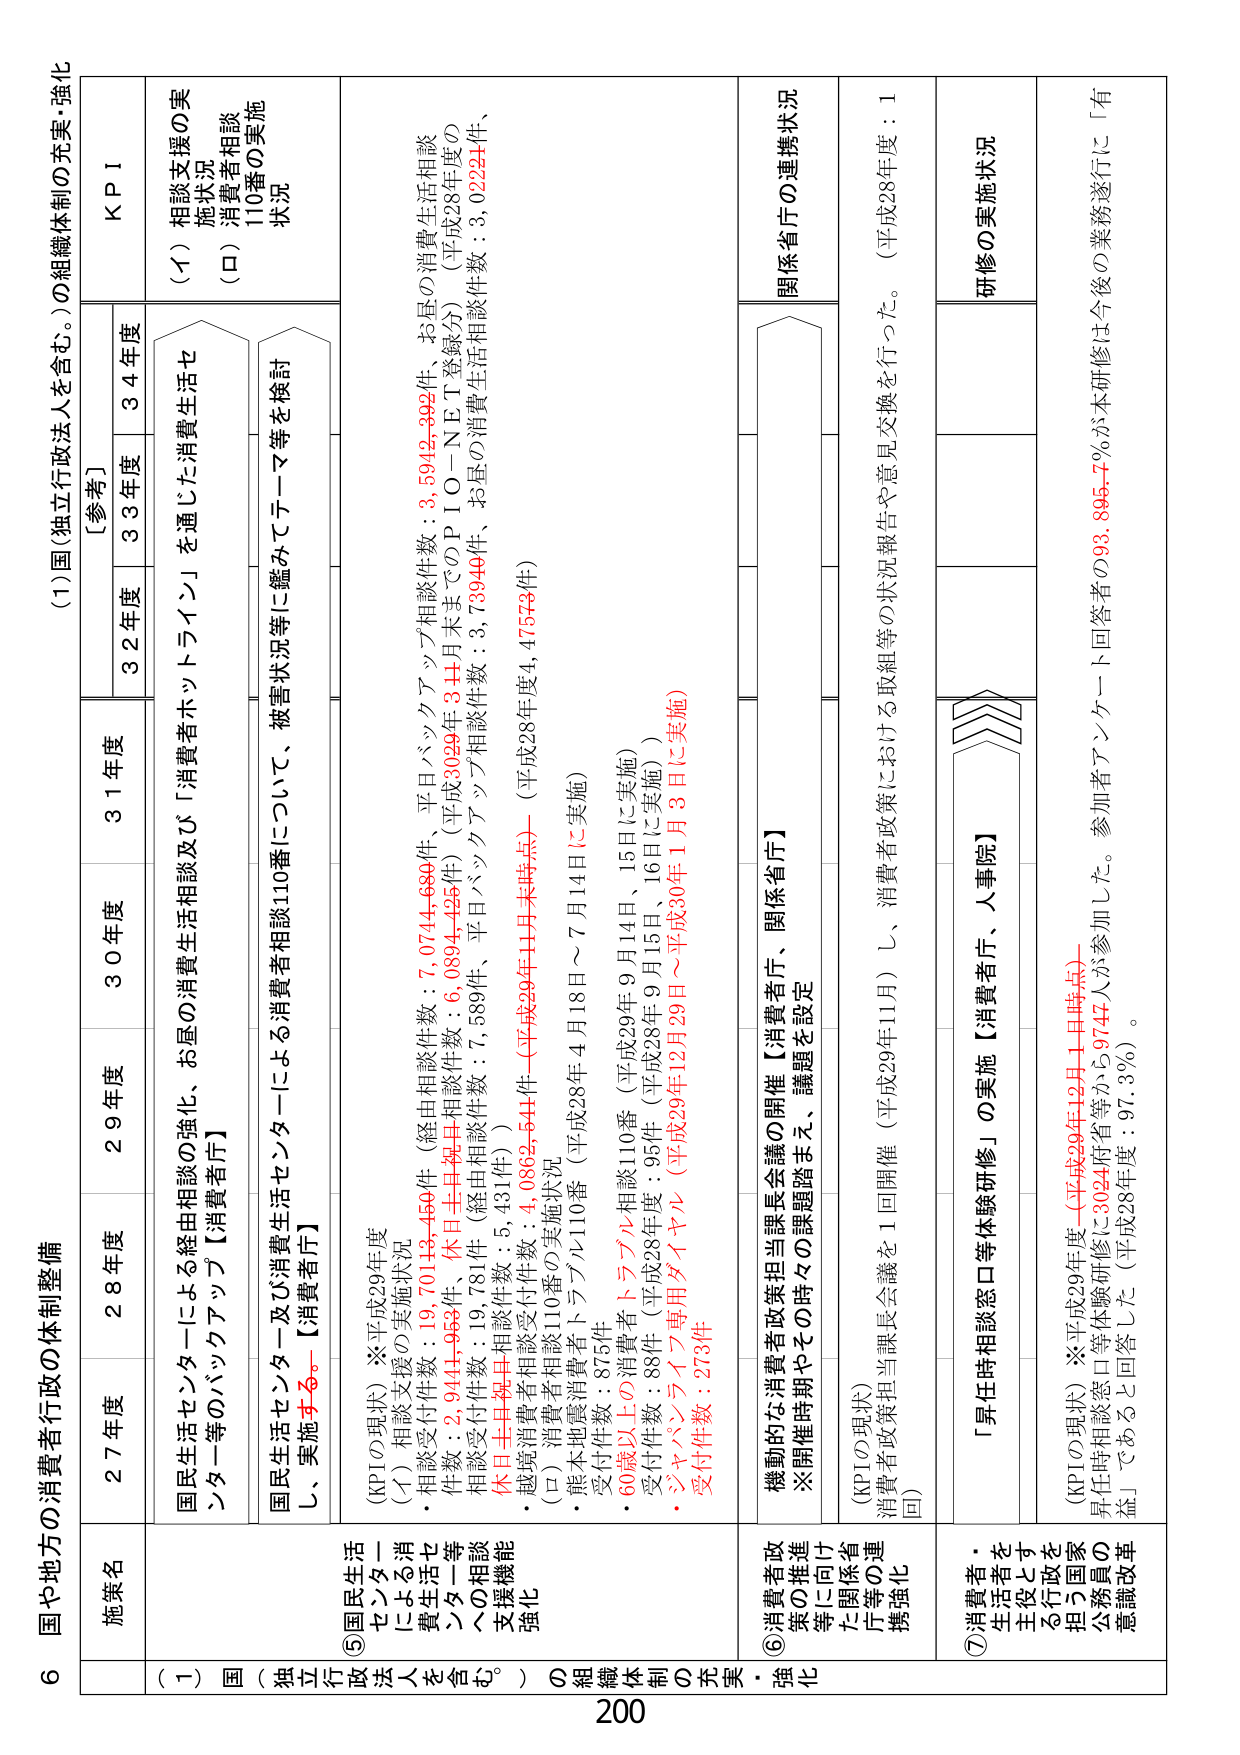
6 国や地方の消費者行政の体制整備

(1)国（独立行政法人を含む。）の組織体制の充実・強化

施策名
27年度
28年度
29年度
30年度
31年度
[参考]
32年度
33年度
34年度
KPI

（1）国民生活セクター等のバックアップ【消費者庁】
国民生活セクターによる経由相談の強化、お昼の消費生活相談及び「消費者ホットライン」を通じた消費生活セクター等のバックアップ【消費者庁】

（2）国民生活セクター及び消費生活センターによる消費者相談110番について、被害状況等に鑑みてテーマ等を検討し、実施する。【消費者庁】

⑤国民生活セクターによる消費生活センター等への相談支援機能強化
（KPIの現状）※平成29年度
（イ）相談支援の実施状況
・相談受付件数：19,701,132,450件（経由相談件数：7,074,680件、平日バックアップ相談件数：3,5942,392件、お昼の消費生活相談件数：2,944,963件、休日生中相談件数：6,0894,426件）（平成3029年3月までのPIO－NET登録分）（平成28年度の休日生中相談件数：5,431件）
・越境消費者相談受付件数：4,0862,544件（平成29年11月末時点）（平成28年度4,47573件）
（ロ）消費者相談110番の実施状況
・熊本地震消費者トラブル110番（平成28年4月18日～7月14日に実施）
受付件数：875件
・60歳以上の消費者トラブル相談110番（平成29年9月14日、15日に実施）
受付件数：88件（平成28年度：95件（平成28年9月15日、16日に実施））
・ジャパンライフ専用ダイヤル（平成29年12月29日～平成30年1月3日に実施）
受付件数：273件

⑥消費者政策の推進等に向けた関係省庁等の連携強化
機動的な消費者政策担当課長会議の開催【消費者庁、関係省庁】
※開催時期やその時々の課題踏まえ、議題を設定
（KPIの現状）
消費者政策担当課長会議を1回開催（平成29年11月）し、消費者政策における取組等の状況報告や意見交換を行った。（平成28年度：1回）

⑦消費者・生活者を主役とする行政を担う国家公務員の意識改革
「昇任時相談窓口等体験研修」の実施【消費者庁、人事院】
（KPIの現状）※平成29年度（平成29年12月1日時点）
昇任時相談窓口等体験研修に3024府省等から9747人が参加した。参加者の93.895.7％が本研修は今後の業務遂行に「有益」であると回答した（平成28年度：97.3％）。

関係省庁の連携状況
研修の実施状況

200